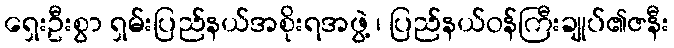
ရှေးဦးစွာ ရှမ်းပြည်နယ်အစိုးရအဖွဲ့ ၊ ပြည်နယ်ဝန်ကြီးချုပ်၏ဇနီး